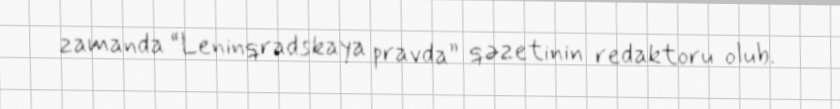
zamanda “Leninqradskaya pravda” qəzetinin redaktoru olub.